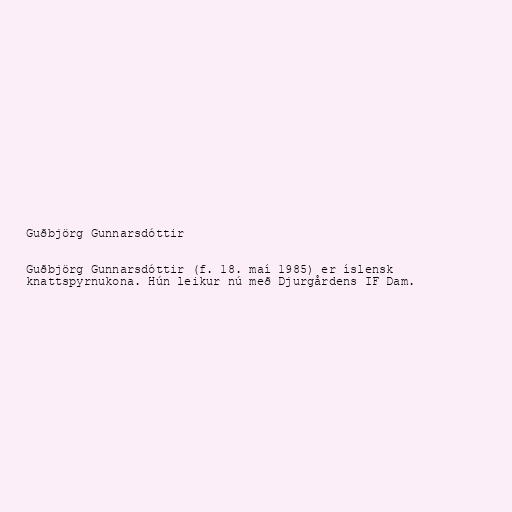
Guðbjörg Gunnarsdóttir

Guðbjörg Gunnarsdóttir (f. 18. maí 1985) er íslensk
knattspyrnukona. Hún leikur nú með Djurgårdens IF Dam.